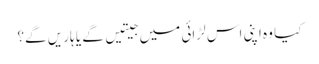
کیا وہ اپنی اس لڑائی میں جیتیں گے یا ہاریں گے؟